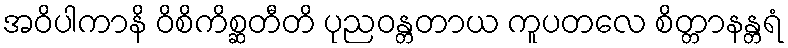
အဝိပါကာနိ ဝိစိကိစ္ဆတီတိ ပုညဝန္တတာယ ကူပတလေ စိတ္တာနန္တရံ